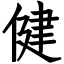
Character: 健